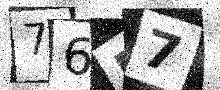
Text: 7657